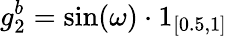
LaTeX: g_{2}^{b}=\sin(\omega)\cdot 1_{[0.5,1]}